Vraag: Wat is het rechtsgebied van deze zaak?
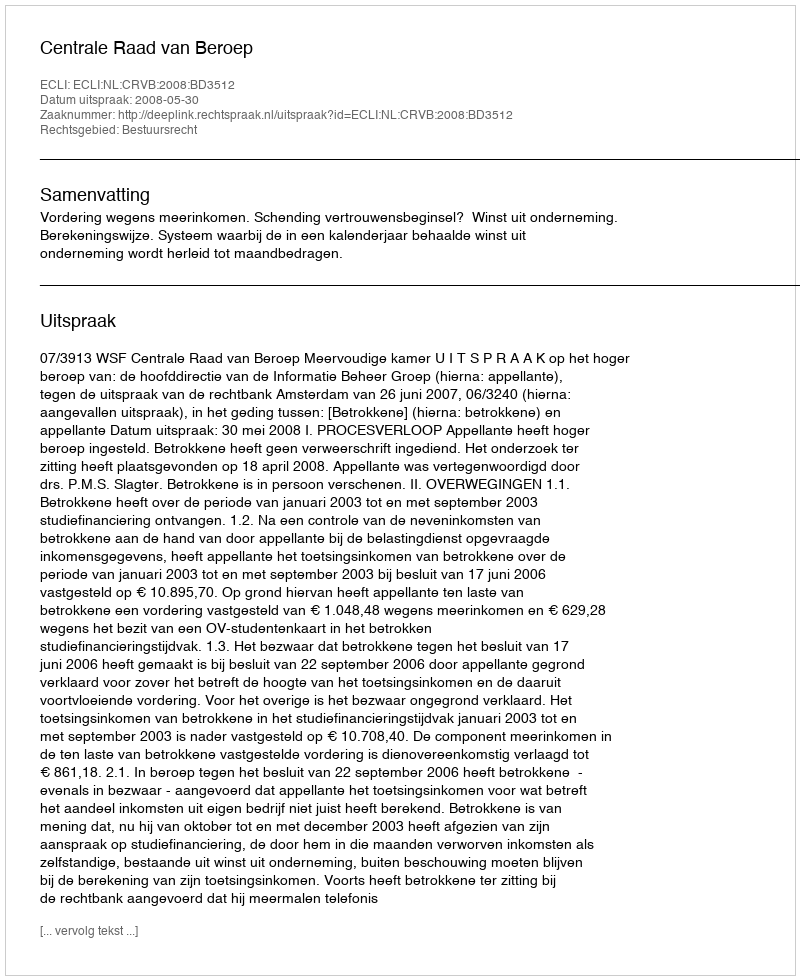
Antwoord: Bestuursrecht